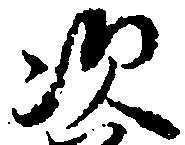
次